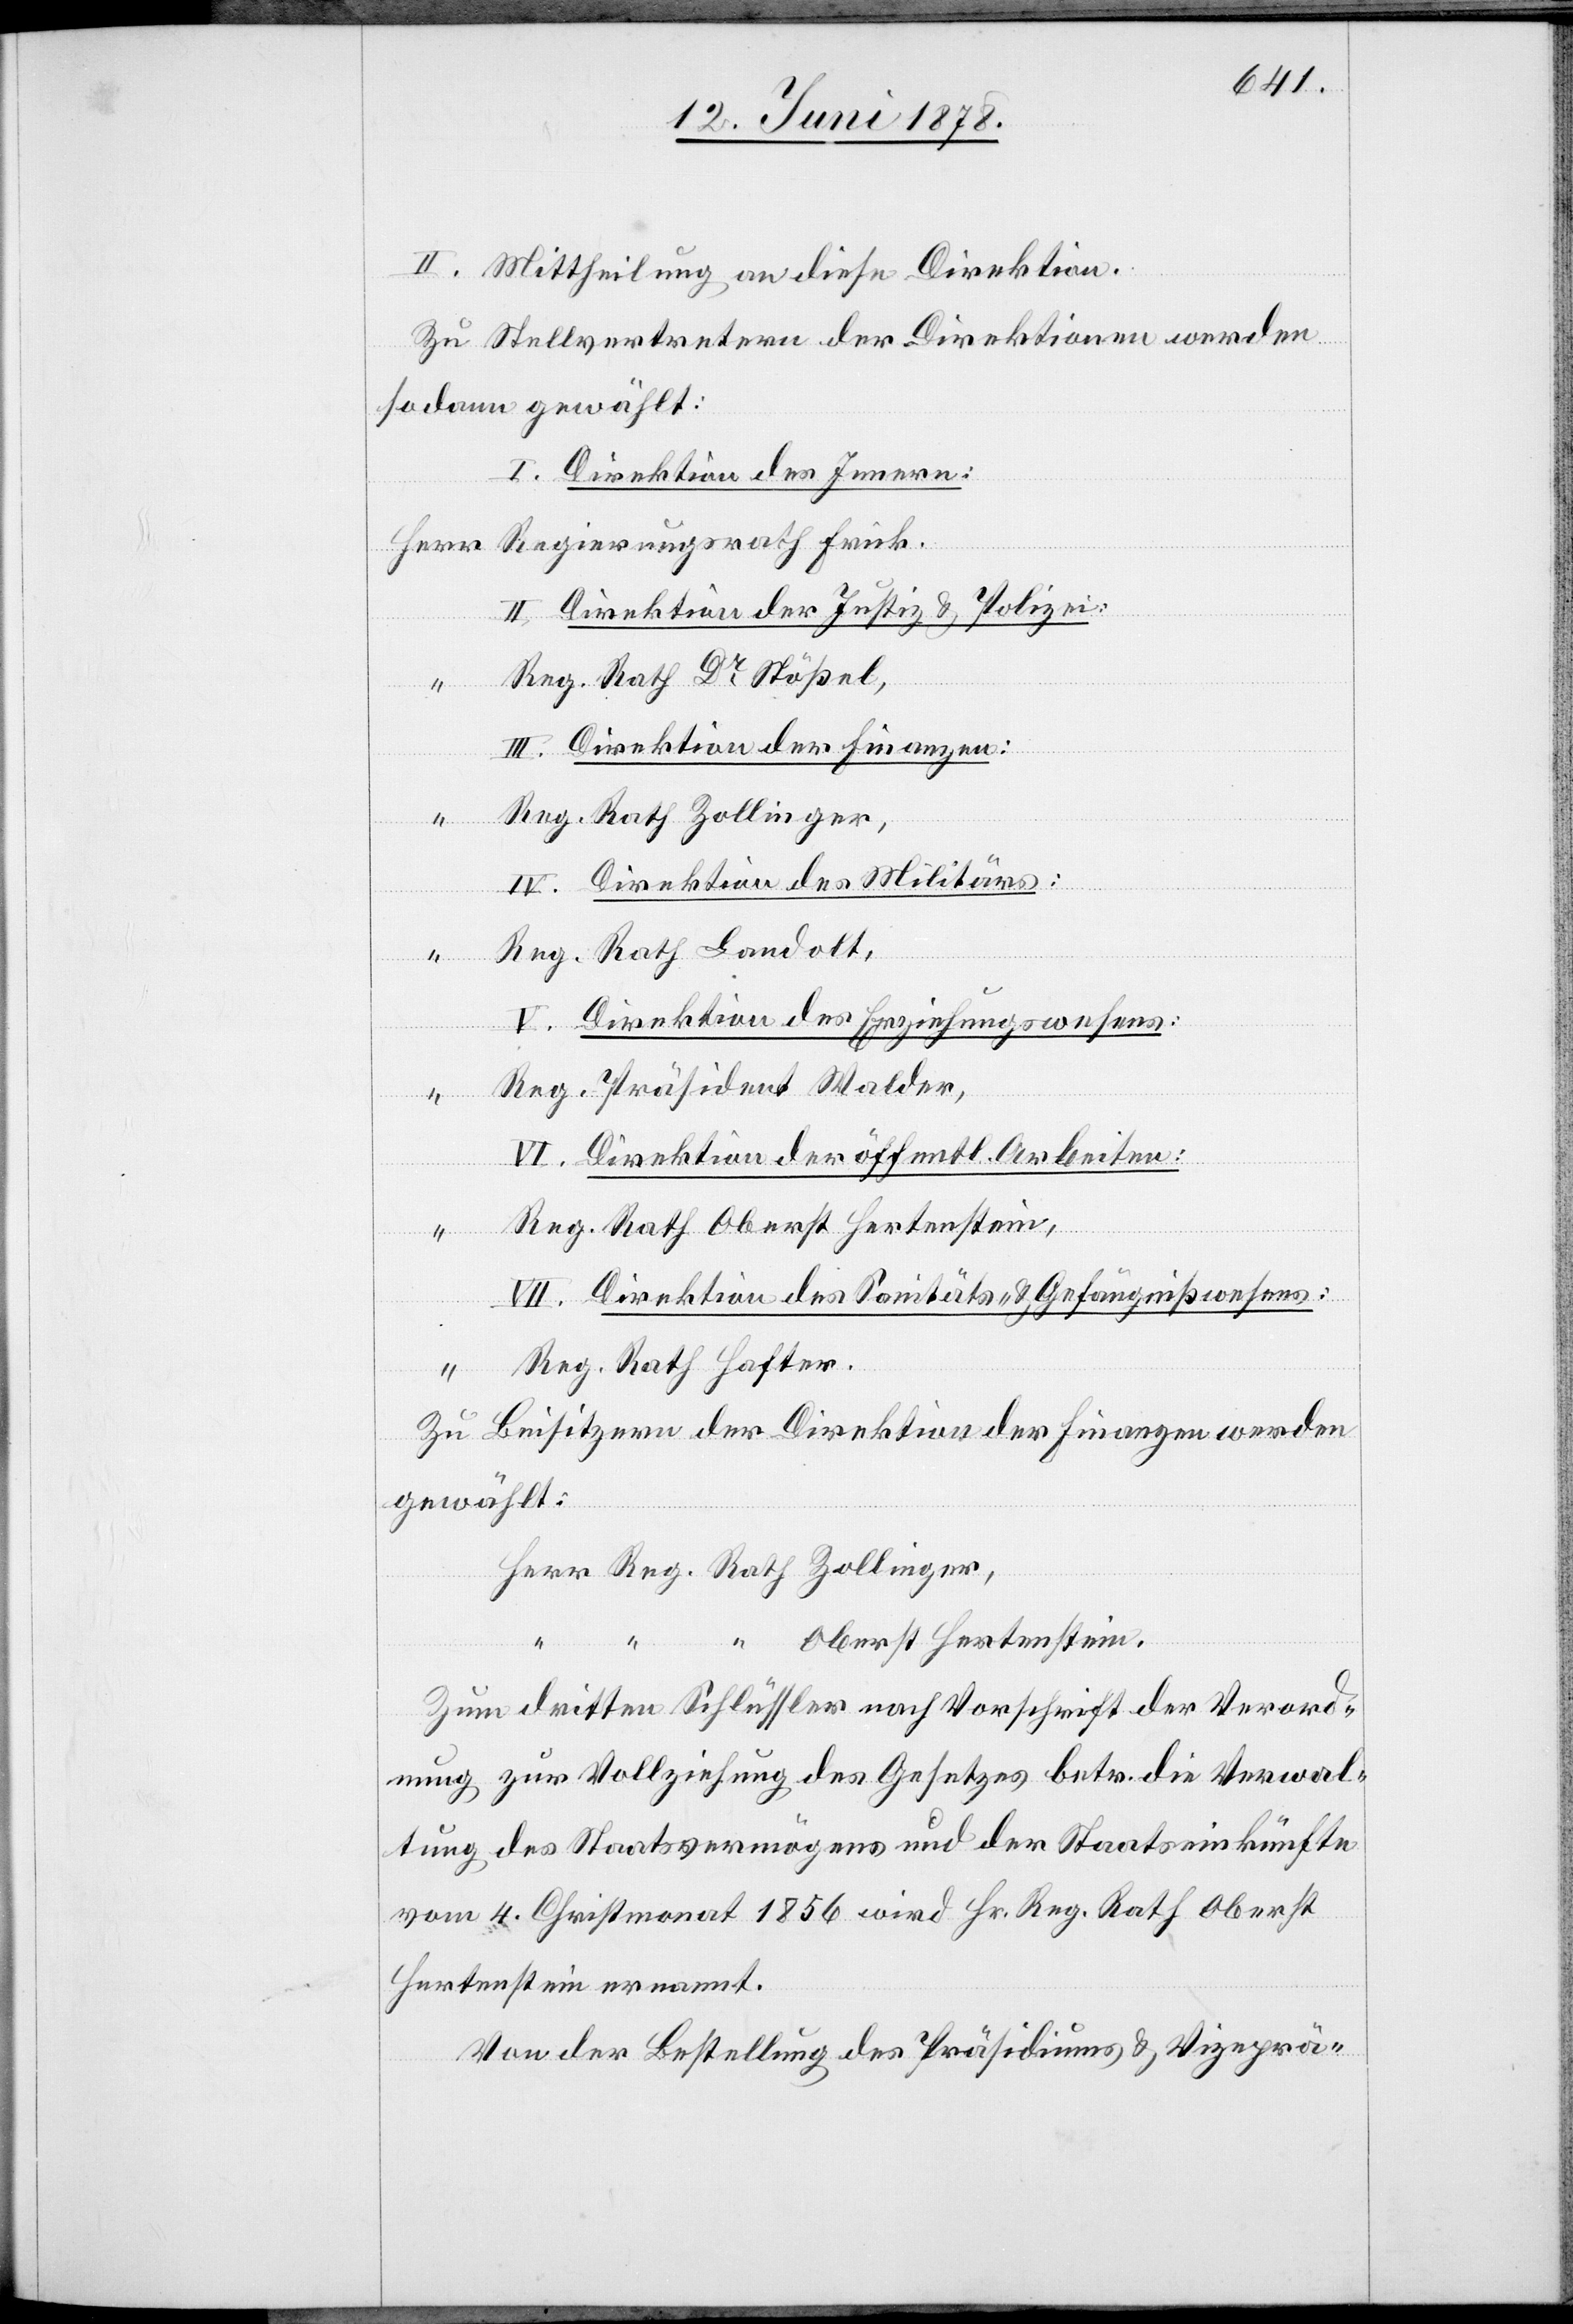
II. Mittheilung an diese Direktion.
Zu Stellvertretern der Direktionen werden
sodann gewählt:
I. Direktion des Innern:
Herr Regierungsrath Frick.
II. Direktion der Justiz & Polizei:
Reg. Rath Dr Stößel,
III. Direktion der Finanzen:
Reg. Rath Zollinger,
IV.
Direktion des Militärs:
Reg. Rath Landolt,
V. Direktion des Erziehungswesens:
Reg. Präsident Walder,
VI. Direktion der öffentl. Arbeiten:
Reg. Rath Oberst Hertenstein,
VII. Direktion des Sanitäts- & Gefängnißwesens:
Reg. Rath Hafter.
Zu Beisitzern der Direktion der Finanzen werden
gewählt:
Herr Reg. Rath Zollinger,
“ Oberst Hertenstein.
Zum dritten Schlüssler nach Vorschrift der Verord¬
nung zur Vollziehung des Gesetzes betr. die Verwal¬
tung des Staatsvermögens und der Staatseinkünfte
vom 4. Christmonat 1856 wird Hr. Reg. Rath Oberst
Hertenstein ernannt.
Von der Bestellung des Präsidiums & Vizeprä-